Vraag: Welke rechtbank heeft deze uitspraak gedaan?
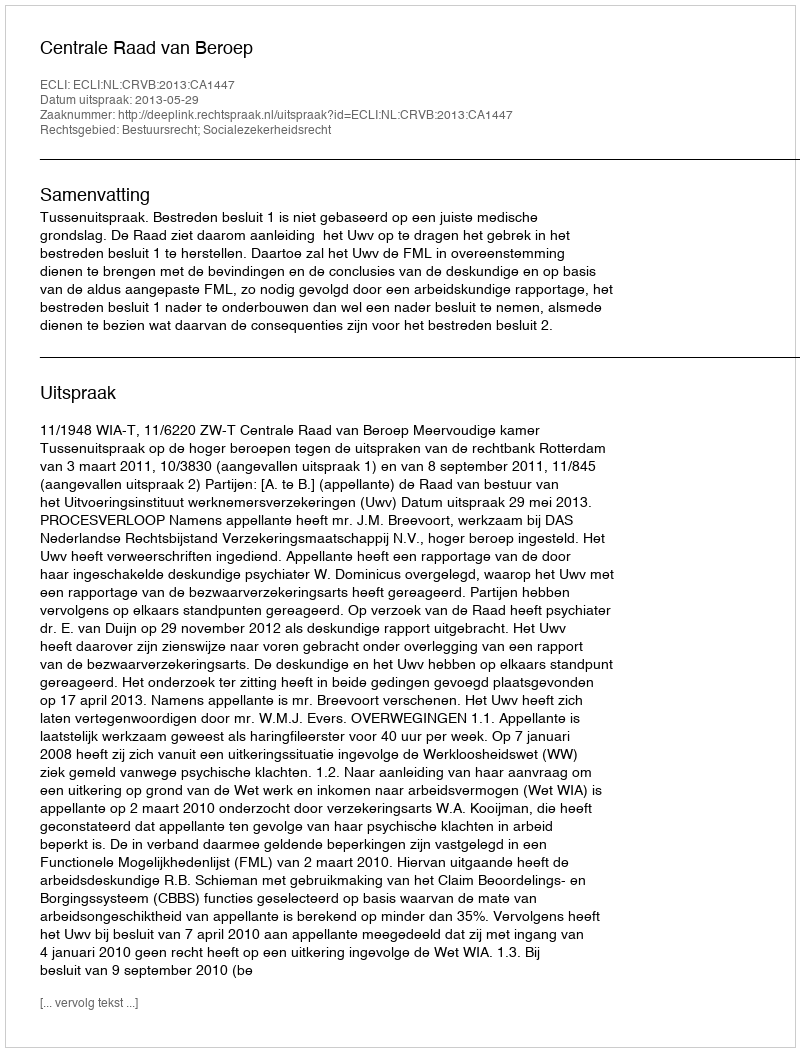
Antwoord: Centrale Raad van Beroep